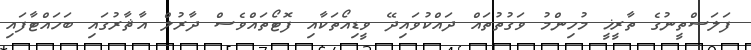
ފަލަސްތީނުގެ ތާރީޚީ މުހިންމު ވަގުތުތައް ދައްކުވައިދޭ ވީޑިއޯތަކާއި ފޮޓޯތައްވެސް ދާރުލް އާޘާރުގައި ބަހައްޓާފައި